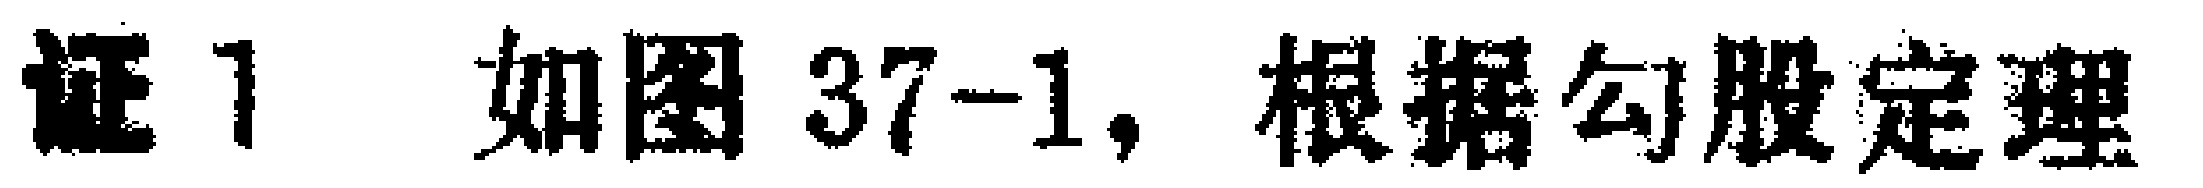
证1 如图37-1, 根据勾股定理